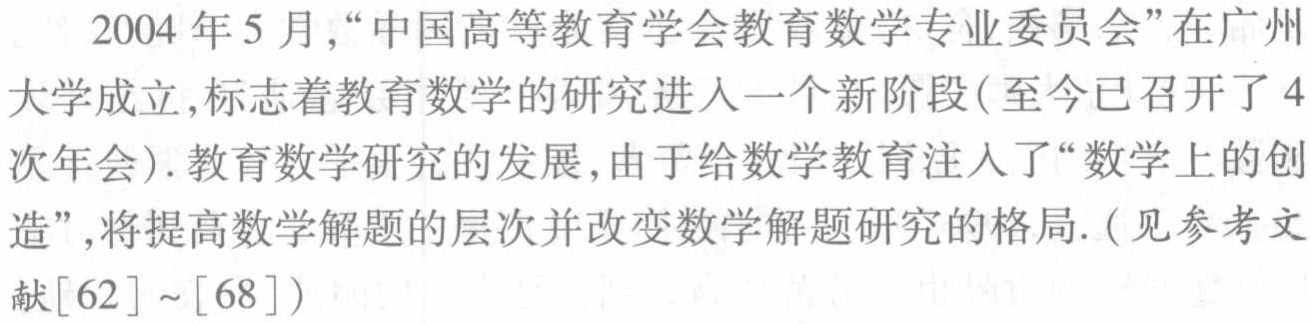
2004年5月，“中国高等教育学会教育数学专业委员会”在广州大学成立，标志着教育数学的研究进入一个新阶段(至今已召开了4次年会). 教育数学研究的发展，由于给数学教育注入了“数学上的创造”，将提高数学解题的层次并改变数学解题研究的格局. (见参考文献[62]~[68])